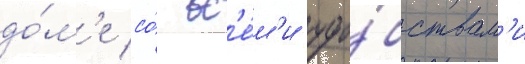
до́м'е со́ вс'е́м'и удо́бствам'и